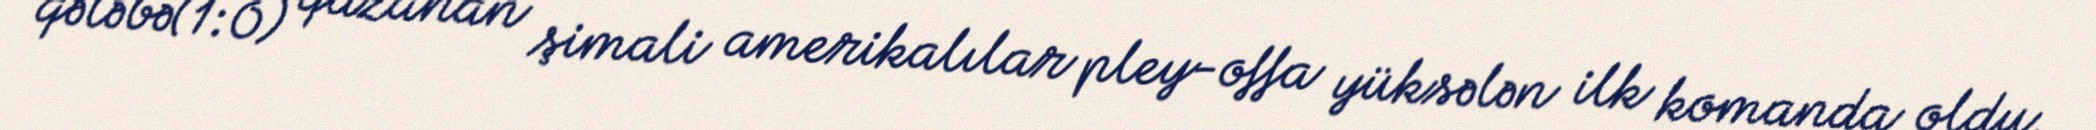
qələbə(1:0) qazanan şimali amerikalılar pley-offa yüksələn ilk komanda oldu.